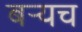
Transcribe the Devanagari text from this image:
बर्‍यच